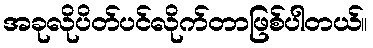
အခုလိုပိတ်ပင်လိုက်တာဖြစ်ပါတယ်။